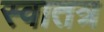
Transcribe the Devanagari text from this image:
स्वातत्र